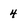
Character: 4